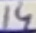
Text: 14